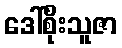
ဒေါ်စိုးသူဇာ